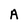
Character: A